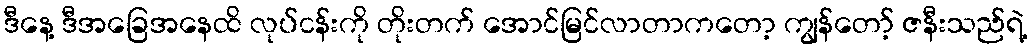
ဒီနေ့ ဒီအခြေအနေထိ လုပ်ငန်းကို တိုးတက် အောင်မြင်လာတာကတော့ ကျွန်တော့် ဇနီးသည်ရဲ့